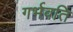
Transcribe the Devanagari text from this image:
गर्भवति